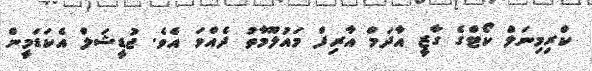
ކްރިމިނަލް ކޯޓްގެ ގާޒީ އާދަމް އާރިފް މައުލޫމާތު ދެއްވަ އެވެ. ޖުޑީޝަލް އެކަޑަމީން